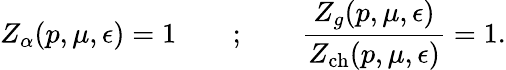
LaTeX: Z_{\alpha}(p,\mu,\epsilon)=1\qquad;\qquad\frac{Z_{g}(p,\mu,\epsilon)}{Z_{\mathrm{ch}}(p,\mu,\epsilon)}=1.